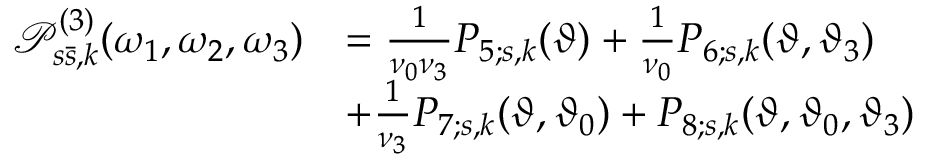
\begin{array} { r l } { \mathcal { P } _ { s \bar { s } , k } ^ { ( 3 ) } ( \omega _ { 1 } , \omega _ { 2 } , \omega _ { 3 } ) } & { = \frac { 1 } { \nu _ { 0 } \nu _ { 3 } } P _ { 5 ; s , k } ( \vartheta ) + \frac { 1 } { \nu _ { 0 } } P _ { 6 ; s , k } ( \vartheta , \vartheta _ { 3 } ) } \\ & { + \frac { 1 } { \nu _ { 3 } } P _ { 7 ; s , k } ( \vartheta , \vartheta _ { 0 } ) + P _ { 8 ; s , k } ( \vartheta , \vartheta _ { 0 } , \vartheta _ { 3 } ) } \end{array}